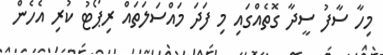
މިހާ ސާފު ސީދާ ގޮތެއްގައި މި ފަދަ މައްސަލަތައް ރިޕޯޓު ކުރި އެހެން